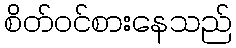
စိတ်ဝင်စားနေသည်